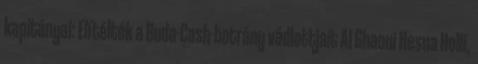
kapitányai: Elítélték a Buda-Cash-botrány vádlottjait Al Ghaoui Hesna Holli,